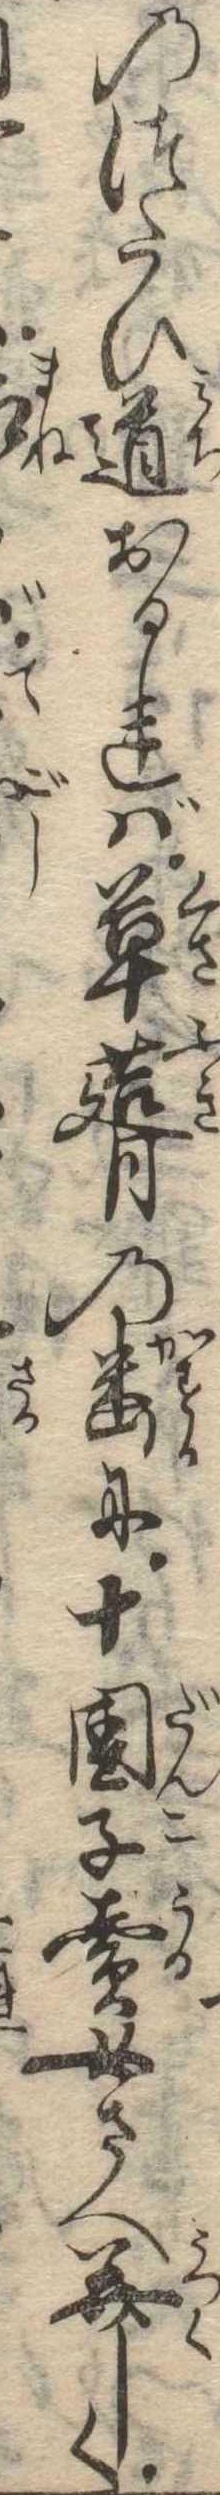
のつたひ道おるれば草葺の幽に十団子売女さへ美しく